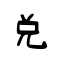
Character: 兌